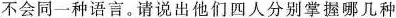
不会同一种语言。请说出他们四人分别掌握哪几种